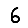
Digit: 6